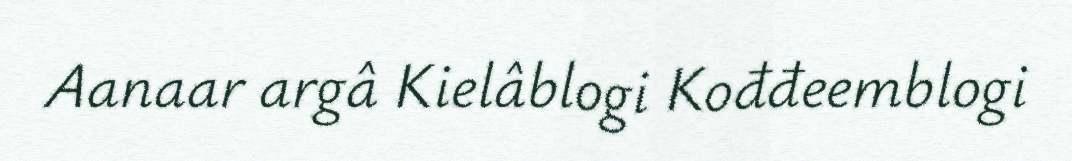
Aanaar argâ Kielâblogi Kođđeemblogi